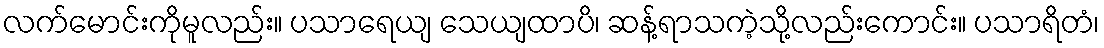
လက်မောင်းကိုမူလည်း။ ပသာရေယျ သေယျထာပိ၊ ဆန့်ရာသကဲ့သို့လည်းကောင်း။ ပသာရိတံ၊